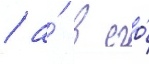
/ а́ в его́